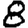
Digit: 8